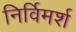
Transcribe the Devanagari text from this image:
निर्विमर्श